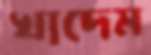
খাদেম